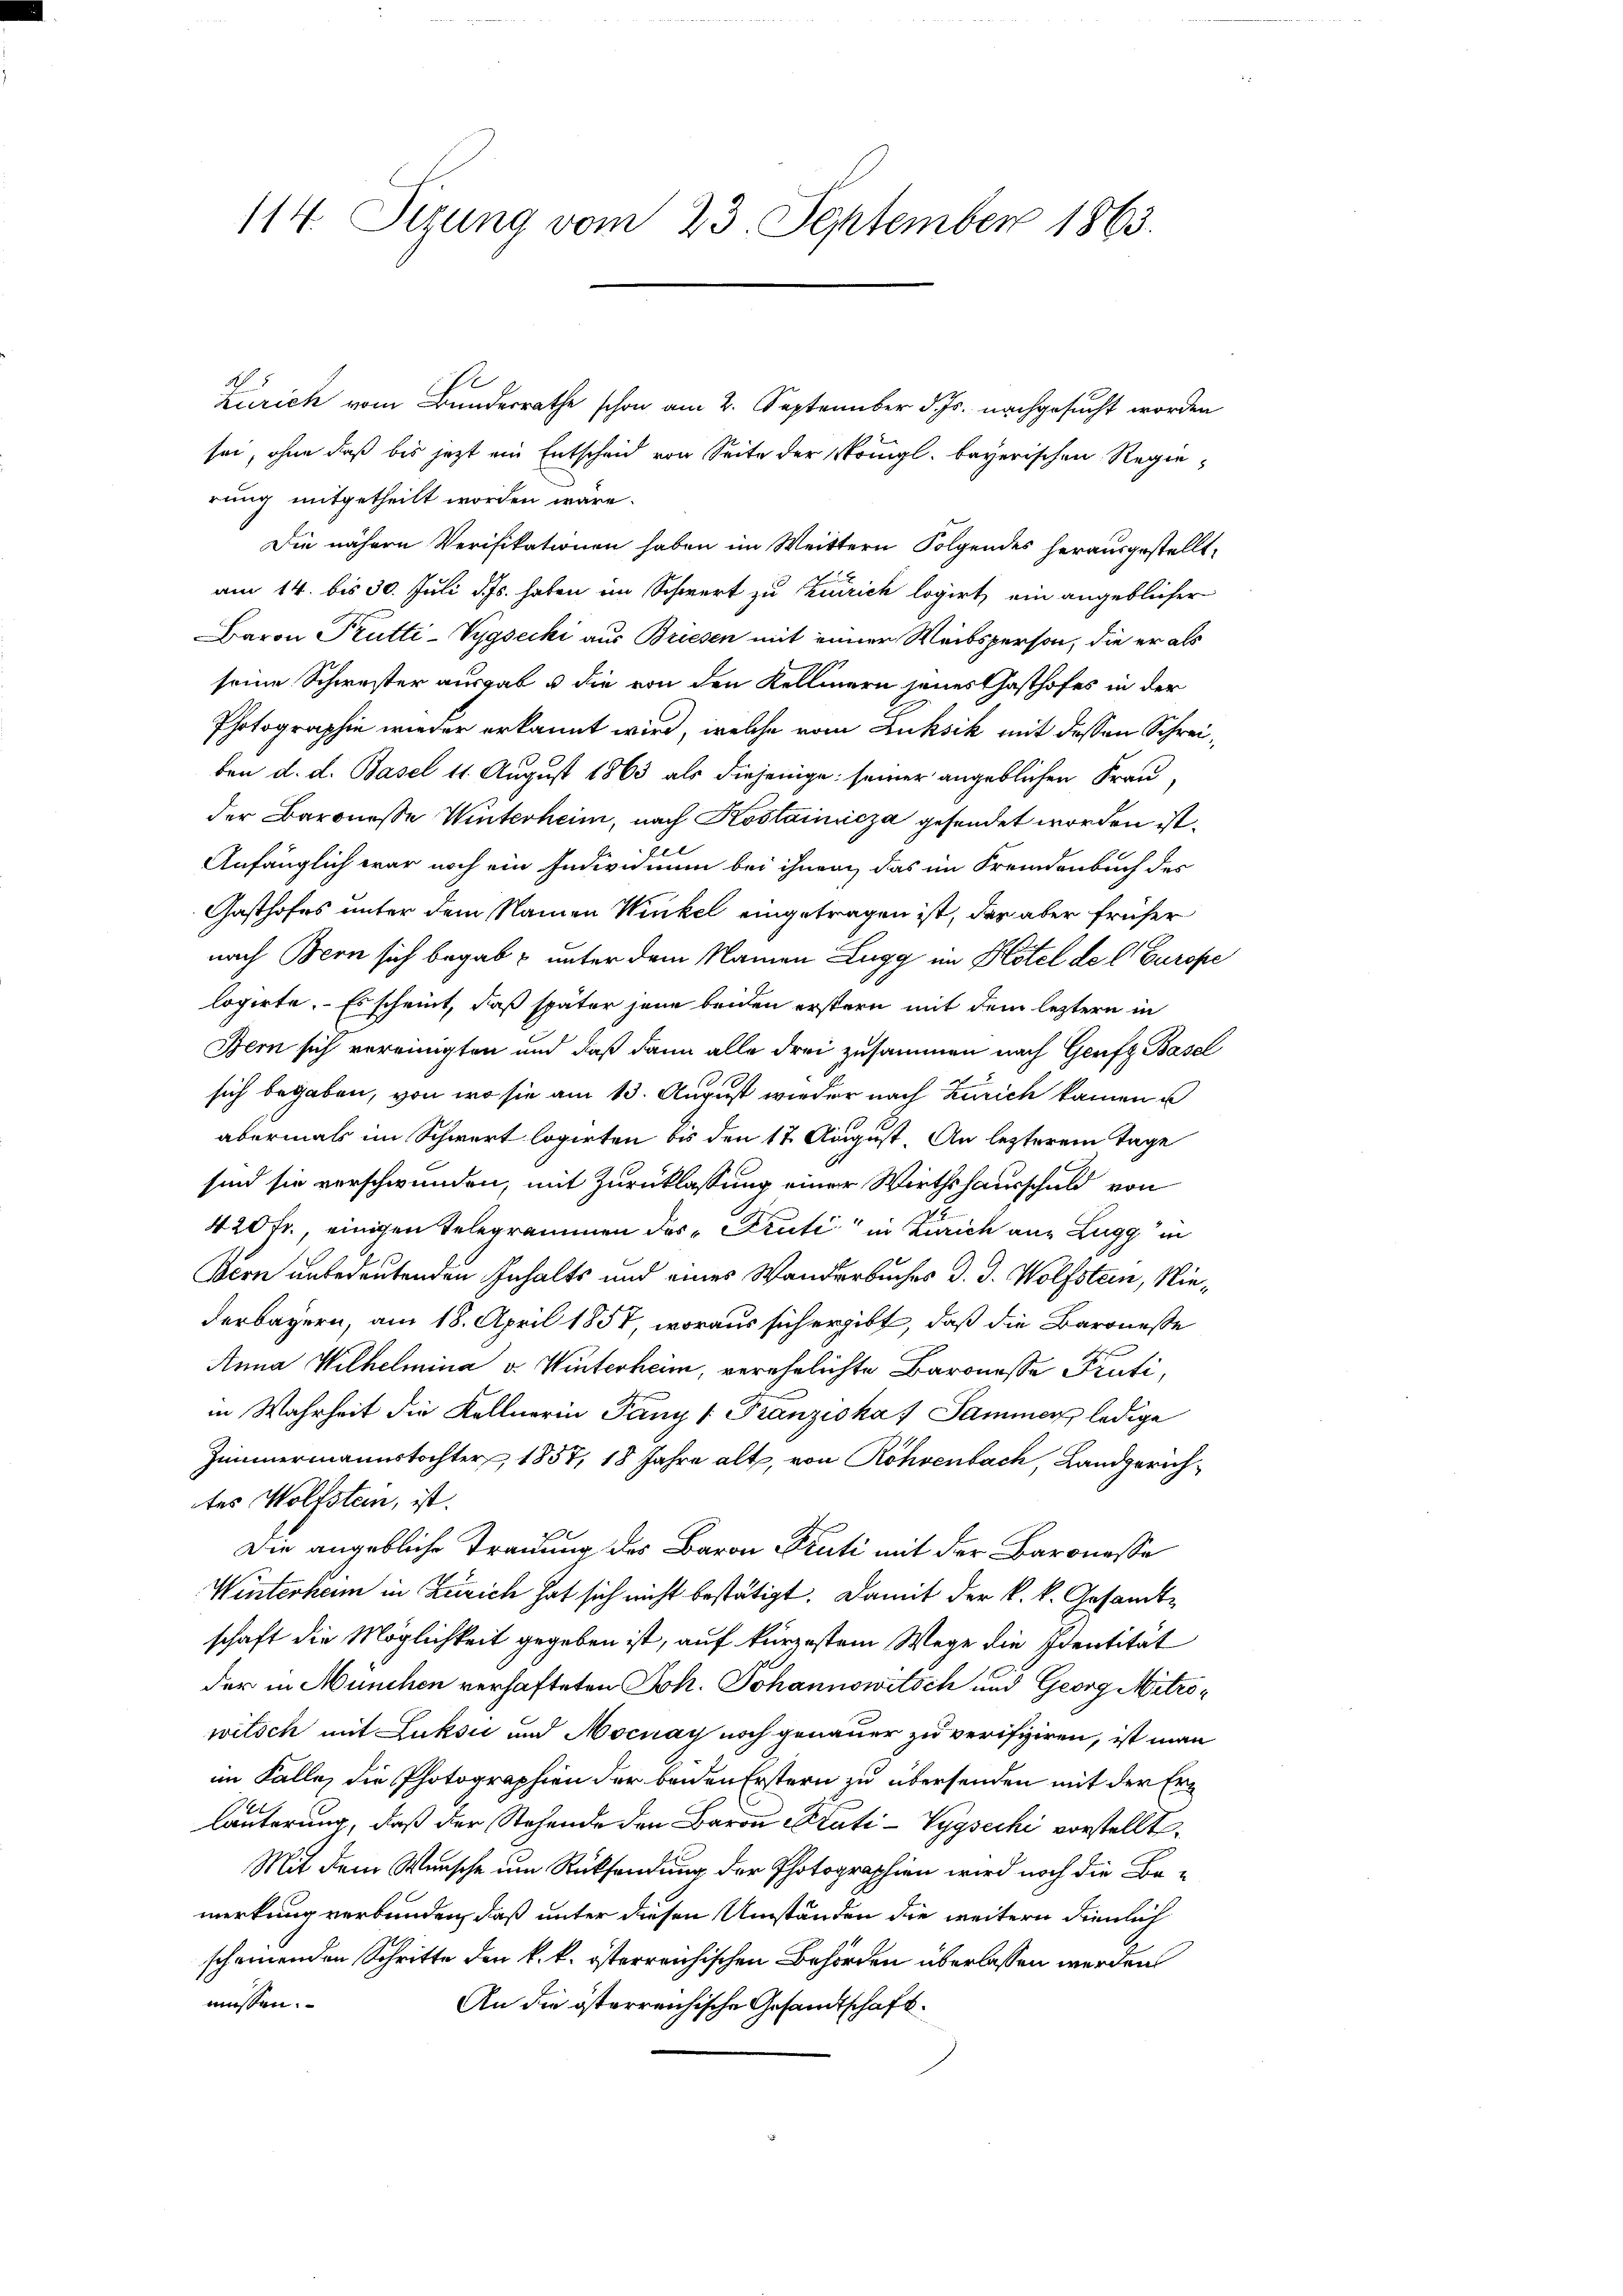
114. Sizung vom 23. September 1863.

Zürich vom Bundesrathe schon am 2. September d. Js. nachgesucht worden
sei, ohne daß bis jetzt ein Entscheid von Seite der Königl. bayerischen Regierung mitgetheilt worden wäre.
Die nähern Verifikationen haben im Weittern Folgendes herausgestellt,
am 14. bis 30. Juli d. Js. haben im Schwert zu Zürich logirt, ein angebliefer
Baron Trutti-Vygsecki aus Briesen mit einer Weibsperson, die er als
seine Schwester ausgab u die von den Kellmern jenes Gasthofes in der
Photographie wieder erkannt wird, welche vom Luksik mit dessen Schreiben d. d. Basel 11. August 1863 als diejenige seiner angeblichen Frau,
der Baronesse Winterheim, nach Kostainicza gesendet worden ist.
Anfänglich war noch ein Individuum bei ihnen, das im Fremdenbuch des
Gasthofes unter dem Namen Winkel eingetragen ist, der aber früher
nach Bern sich begab & unter dem Namen Lugg im Hotel de l Europe
lopirte. Es scheint, daß später jene beiden erstern mit dem leztern in
Bern sich vereinigten und daß dann alle drei zusammen nach Genfz Basel
sich begaben, von wo sie am 13. August wieder nach Zürich kamen u
abermals im Schwert logirten bis den 17. August. An lezterem Tage
sind sie verschwunden, mit Zurücklassung einer Wirthshausschuld von
420 fr., einigen Telegrammen des „Prüti in Zürich an Lugg in
Bern unbedeutenden Inhalts und eines Wanderbuches d. J. Wolfstein, Niederbayern, am 18. April 1857, woraus sich ergibt, daß die Baronesse
Anna Wilhelmina v. Winterheim, verehelichte Baronesse Prüti,
in Wahrheit die Kellnerin Pany (Franziska Sammer ledige
Zimmermannstochter, 1857, 18 Jahre alt, von Röhrenbach, Landgerichtes Wolfstein, ist.
Die angebliche Trauung des Baron Fruti mit der Baronesse
Winterheim in Zürich hat sich nicht bestätigt. Damit der k.k. Gesandtschaft die Möglichkeit gegeben ist, auf kürzestem Wege die Identität
der in München verhafteten Joh. Johannowitsch und Georg Mitrowitsch mit Luksić und Mocnay noch genauer zu verifiziren, ist man
im Falle, die Photographien der beiden Erstern zu übersenden mit der Erläuterung, daß der Stehende den Baron Stati-Vygscchi vorstellt.
Mit dem Wunsche um Rücksendung der Photographien wird noch die Bemerkung verbunden, daß unter diesen Umständen die weitern dienlich
scheinenden Schritte den k. k. österreichischen Behörden überlassen werden
müssen.
An die österreichische Gesandtschaft¬